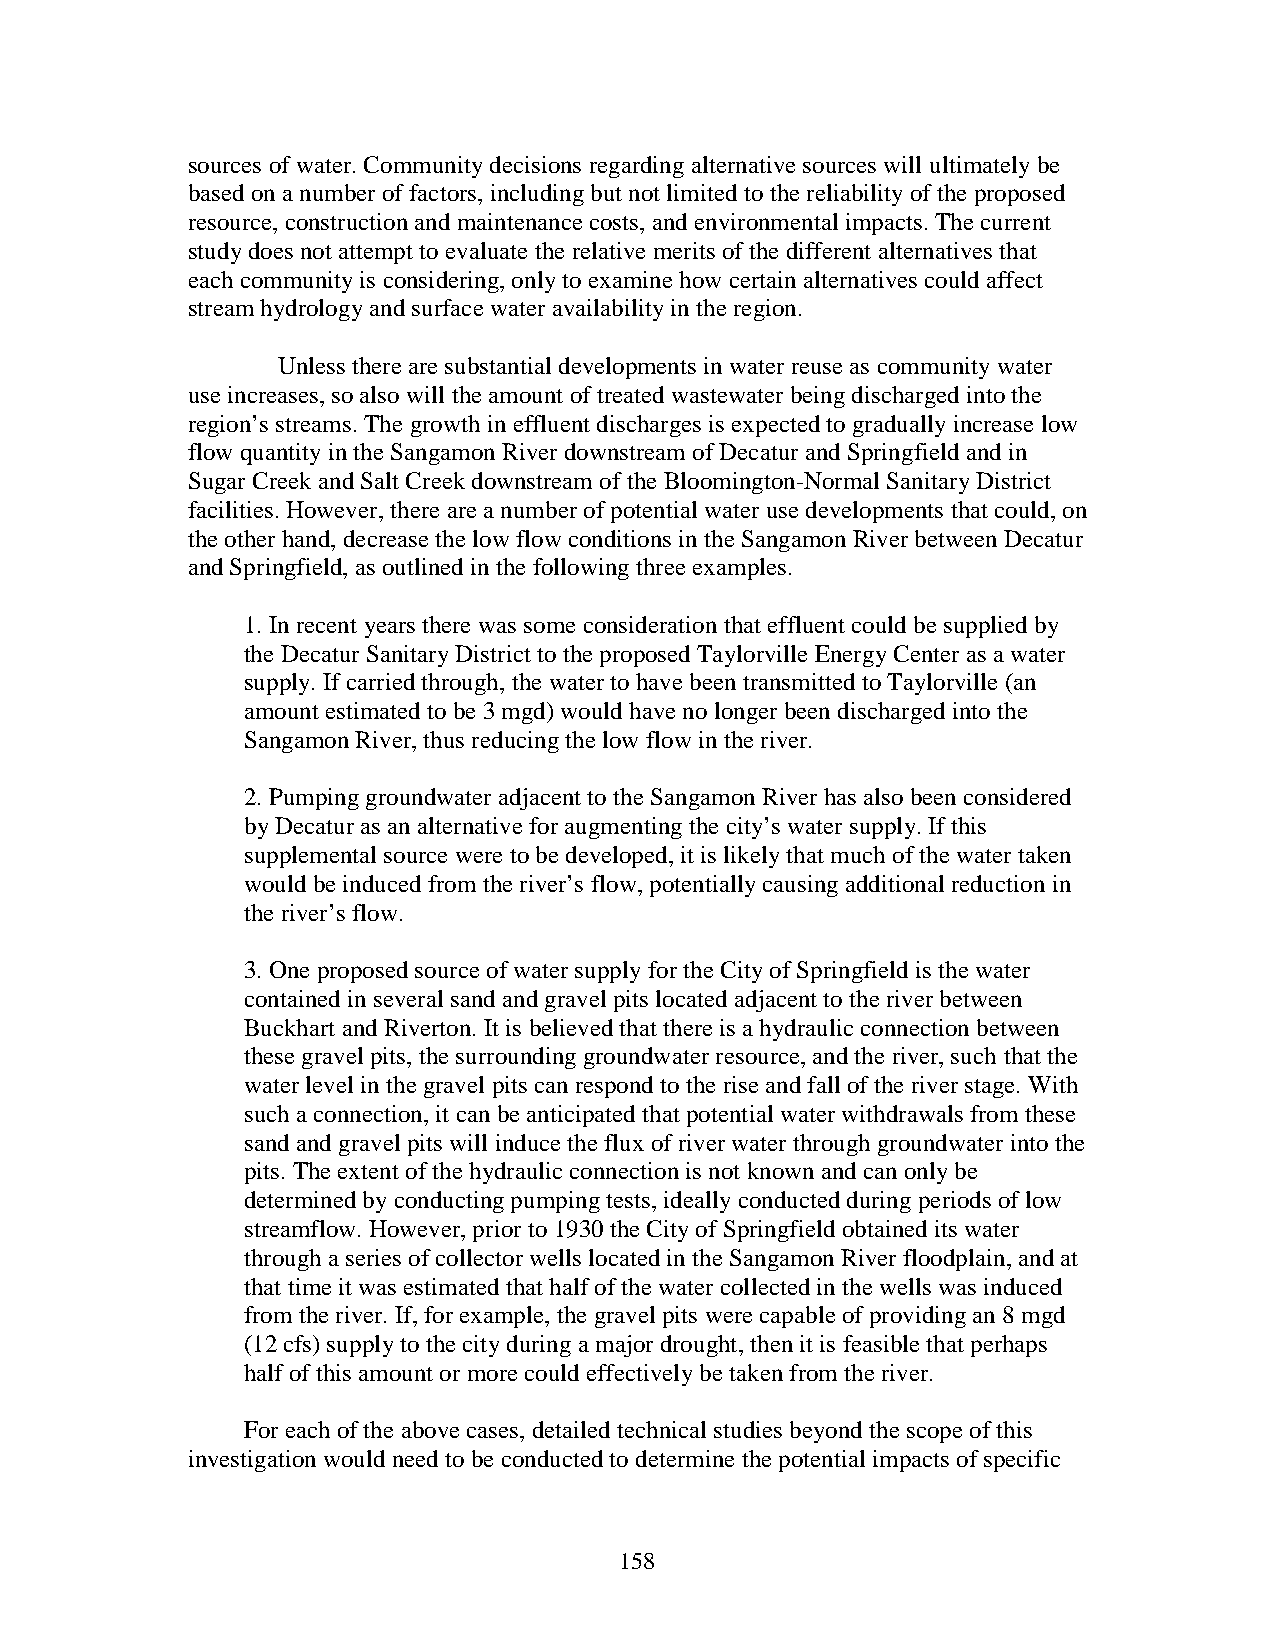
sources of water. Community decisions regarding alternative sources will ultimately be
 based on a number of factors, including but not limited to the reliability of the proposed
 resource, construction and maintenance costs, and environmental impacts. The current
 study does not attempt to evaluate the relative merits of the different alternatives that
 each community is considering, only to examine how certain alternatives could affect
 stream hydrology and surface water availability in the region.
 Unless there are substantial developments in water reuse as community water
 use increases, so also will the amount of treated wastewater being discharged into the
 region’s streams. The growth in effluent discharges is expected to gradually increase low
 flow quantity in the Sangamon River downstream of Decatur and Springfield and in
 Sugar Creek and Salt Creek downstream of the Bloomington-Normal Sanitary District
 facilities. However, there are a number of potential water use developments that could, on
 the other hand, decrease the low flow conditions in the Sangamon River between Decatur
 and Springfield, as outlined in the following three examples.
 1. In recent years there was some consideration that effluent could be supplied by
 the Decatur Sanitary District to the proposed Taylorville Energy Center as a water
 supply. If carried through, the water to have been transmitted to Taylorville (an
 amount estimated to be 3 mgd) would have no longer been discharged into the
 Sangamon River, thus reducing the low flow in the river.
 2. Pumping groundwater adjacent to the Sangamon River has also been considered
 by Decatur as an alternative for augmenting the city’s water supply. If this
 supplemental source were to be developed, it is likely that much of the water taken
 would be induced from the river’s flow, potentially causing additional reduction in
 the river’s flow.
 3. One proposed source of water supply for the City of Springfield is the water
 contained in several sand and gravel pits located adjacent to the river between
 Buckhart and Riverton. It is believed that there is a hydraulic connection between
 these gravel pits, the surrounding groundwater resource, and the river, such that the
 water level in the gravel pits can respond to the rise and fall of the river stage. With
 such a connection, it can be anticipated that potential water withdrawals from these
 sand and gravel pits will induce the flux of river water through groundwater into the
 pits. The extent of the hydraulic connection is not known and can only be
 determined by conducting pumping tests, ideally conducted during periods of low
 streamflow. However, prior to 1930 the City of Springfield obtained its water
 through a series of collector wells located in the Sangamon River floodplain, and at
 that time it was estimated that half of the water collected in the wells was induced
 from the river. If, for example, the gravel pits were capable of providing an 8 mgd
 (12 cfs) supply to the city during a major drought, then it is feasible that perhaps
 half of this amount or more could effectively be taken from the river.
 For each of the above cases, detailed technical studies beyond the scope of this
 investigation would need to be conducted to determine the potential impacts of specific
 158